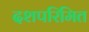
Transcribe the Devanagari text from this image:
दशपरिमित